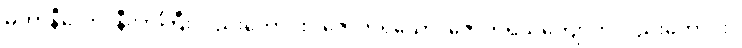
မဟာနီလော၊ နီလာကြီးလည်းကောင်း။ ဇောတိရသော၊ ဇောတိရသ်ကျောက်လည်းကောင်း။